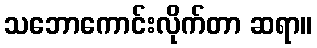
သဘောကောင်းလိုက်တာ ဆရာ။